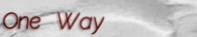
One Way